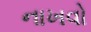
નાખવો